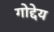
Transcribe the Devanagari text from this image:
गोद्देय